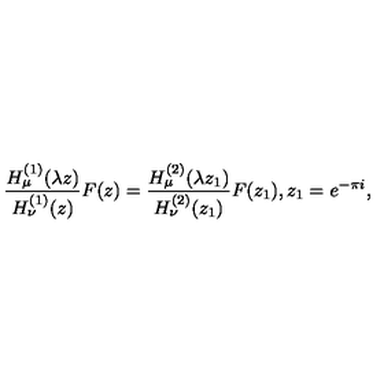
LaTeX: \frac { H _ { \mu } ^ { ( 1 ) } ( \lambda z ) } { H _ { \nu } ^ { ( 1 ) } ( z ) } F ( z ) = \frac { H _ { \mu } ^ { ( 2 ) } ( \lambda z _ { 1 } ) } { H _ { \nu } ^ { ( 2 ) } ( z _ { 1 } ) } F ( z _ { 1 } ) , z _ { 1 } = e ^ { - \pi i } ,